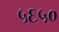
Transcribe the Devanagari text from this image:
५६५०